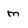
Character: M